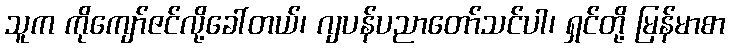
သူက ကိုကျော်ဇင်လို့ခေါ်တယ်၊ ဂျပန်ပညာတော်သင်ပါ၊ ရှင်တို့ မြန်မာစာ